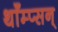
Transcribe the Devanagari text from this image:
थाँम्प्सन्